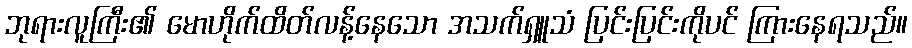
ဘုရားလူကြီး၏ မောဟိုက်ထိတ်လန့်နေသော အသက်ရှူသံ ပြင်းပြင်းကိုပင် ကြားနေရသည်။